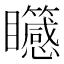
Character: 𥍒